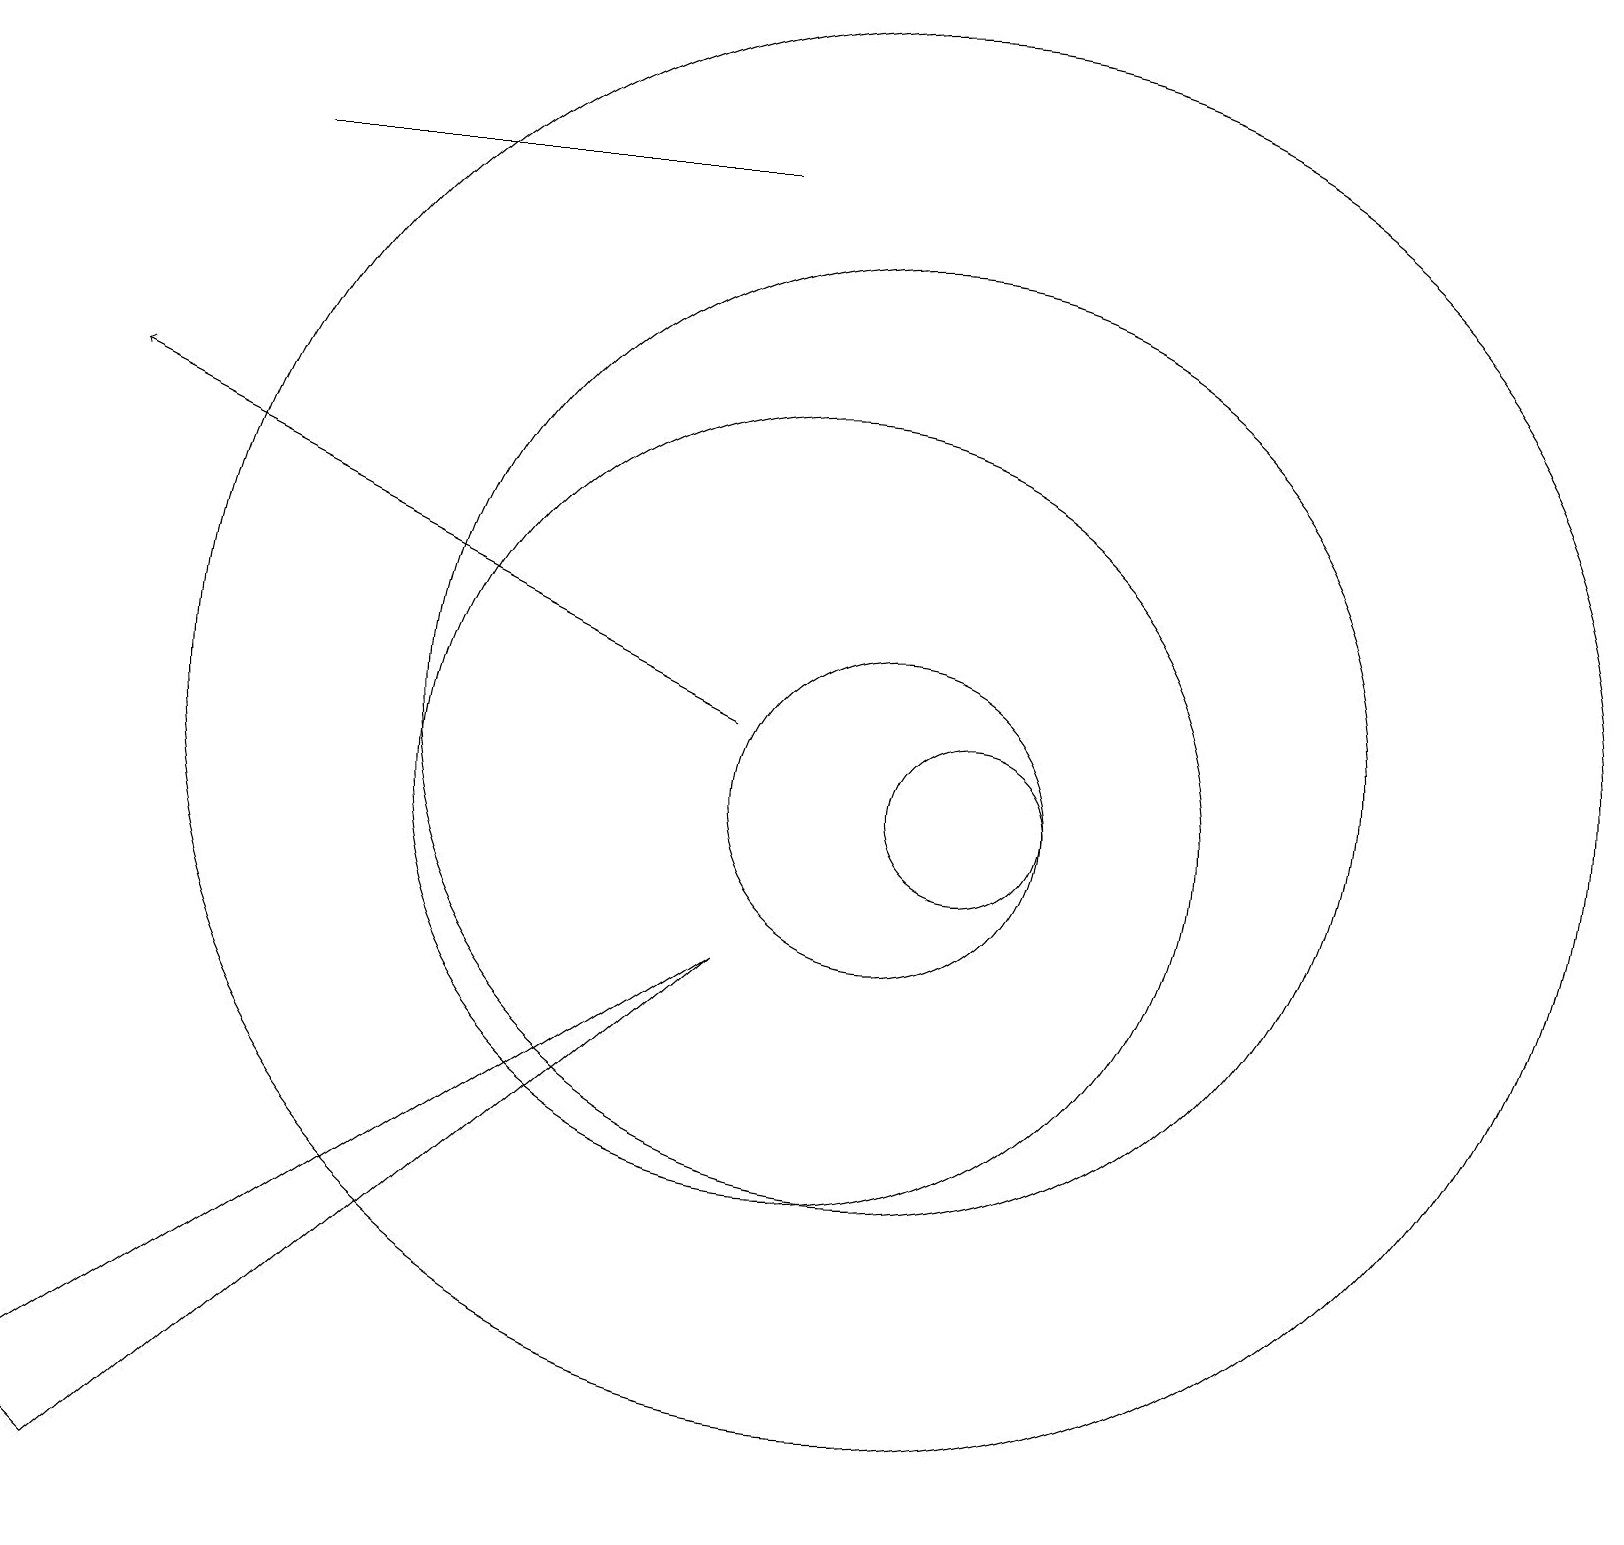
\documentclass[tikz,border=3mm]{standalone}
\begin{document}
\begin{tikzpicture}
\draw (10,11) circle (5);
\draw (11,11) circle (2);
\draw (11,12) circle (6);
\draw (12,11) circle (1);
\draw[->] (9,12) -- (1,16);
\draw (9,9) -- (0,3) -- (1,2) -- cycle;
\draw (9,19) rectangle (3,19);
\draw (11,12) circle (9);
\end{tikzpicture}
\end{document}